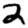
Digit: 2